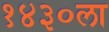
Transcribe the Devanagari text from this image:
१४३०ला